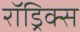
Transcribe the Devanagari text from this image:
रॉड्रिक्स